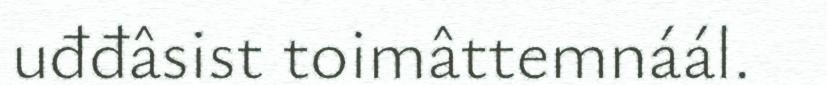
uđđâsist toimâttemnáál.